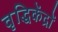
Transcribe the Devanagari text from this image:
वृद्धिकेंद्रों